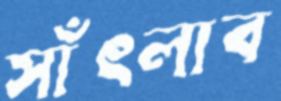
সাঁৎলাব